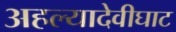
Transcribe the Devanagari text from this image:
अहल्यादेवीघाट